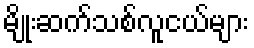
မျိုးဆက်သစ်လူငယ်များ